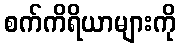
စက်ကိရိယာများကို